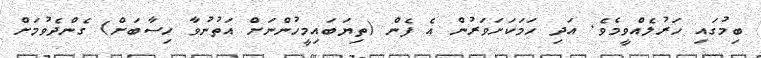
ބިމުގައި ހަރުލެއްވީމެވެ. އަދި ހަމަކަށަވަރުން އެ ފެން (ތިޔަބައިމީހުންނަށް އަތުނުވާ ހިސާބަށް) ގެންދެވުމަށް